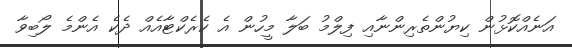
އަނެއްކޮޅުން ކިޔުންތެރިންނާއި ފިލްމު ބަލާ މީހުން އެ ކެރެކްޓާއެއް ދެކެ އެންމެ ލޯބިވާ